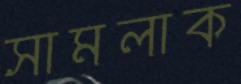
সামলাক